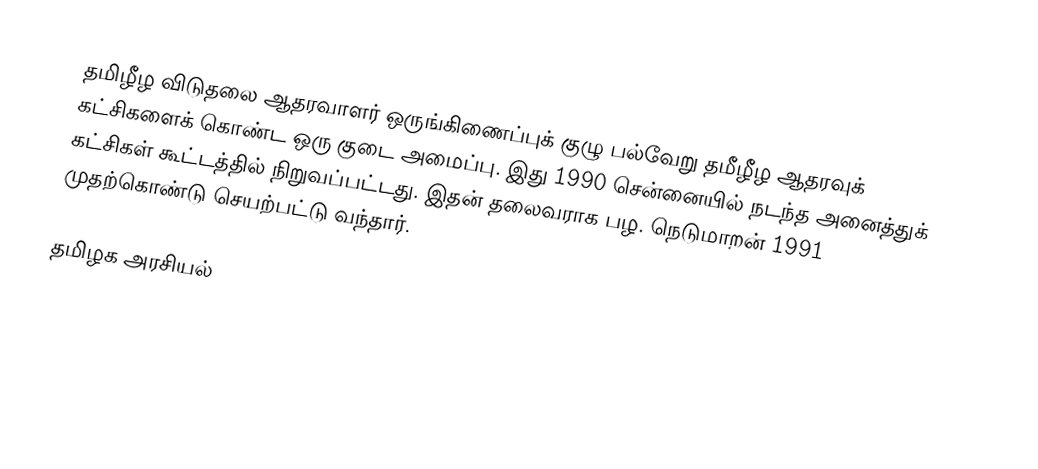
தமிழீழ விடுதலை ஆதரவாளர் ஒருங்கிணைப்புக் குழு பல்வேறு தமீழீழ ஆதரவுக் கட்சிகளைக் கொண்ட ஒரு குடை அமைப்பு. இது 1990 சென்னையில் நடந்த அனைத்துக் கட்சிகள் கூட்டத்தில் நிறுவப்பட்டது. இதன் தலைவராக பழ. நெடுமாறன் 1991 முதற்கொண்டு செயற்பட்டு வந்தார்.

தமிழக அரசியல்